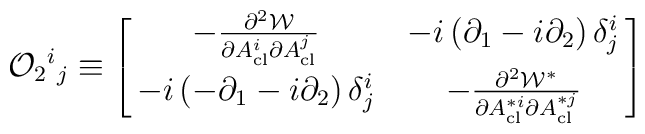
{\cal O}_2{}^i{}_j \equiv \left[\matrix{- {\partial^2 {\cal W} \over \partial A^{i}_{\rm cl}\partial A^{j}_{\rm cl}}&-i\left(\partial_1-i\partial_2\right) \delta^i_j \cr-i\left(-\partial_1-i\partial_2\right) \delta^i_j &- {\partial^2 {\cal W}^* \over \partial A^{*i}_{\rm cl} \partial A^{*j}_{\rm cl}}}\right]